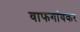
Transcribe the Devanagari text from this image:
वाफगांवकर